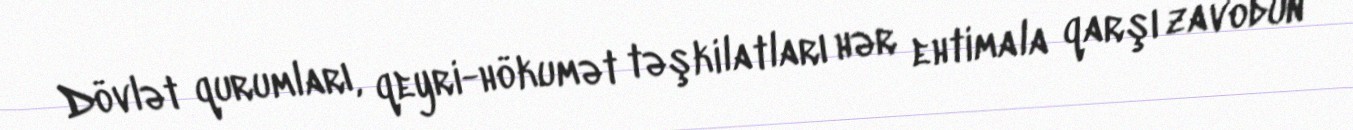
Dövlət qurumları, qeyri-hökumət təşkilatları hər ehtimala qarşı zavodun